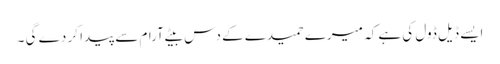
ایسے ڈیل ڈول کی ہے کہ میرے حمیدے کے دس بیٹے آرام سے پیدا کر دے گی ۔